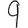
Digit: 9